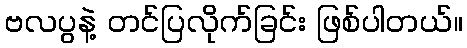
ဗလပွနဲ့ တင်ပြလိုက်ခြင်း ဖြစ်ပါတယ်။